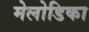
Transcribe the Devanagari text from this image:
मेलोडिका